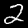
Digit: 2